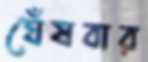
ঘেঁষবার